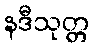
နဒီသုတ္တ